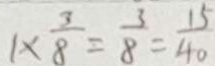
1 \times \frac { 3 } { 8 } = \frac { 3 } { 8 } = \frac { 1 5 } { 4 0 }